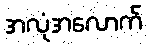
အလုံအလောက်